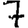
Digit: 7